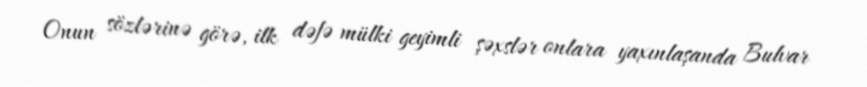
Onun sözlərinə görə, ilk dəfə mülki geyimli şəxslər onlara yaxınlaşanda Bulvar